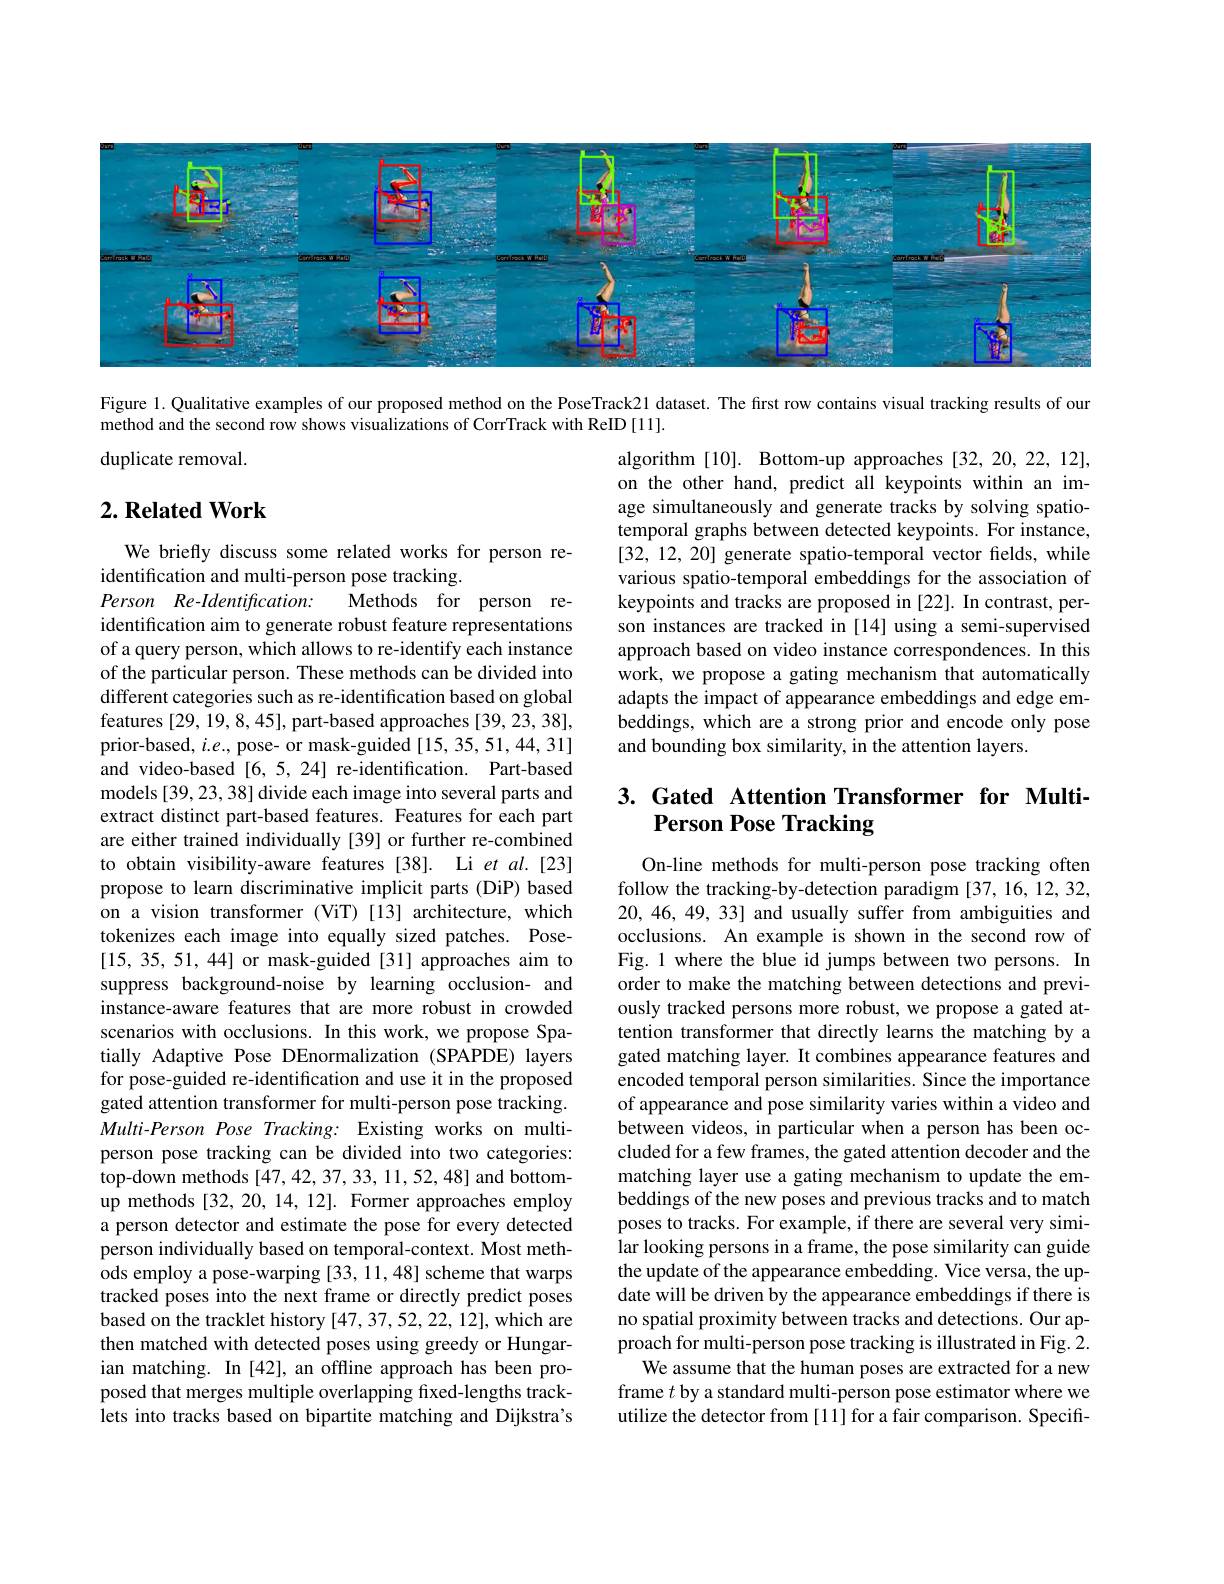
<FigureHere>

Figure 1. Qualitative examples of our proposed method on the PoseTrack21 dataset. The first row contains visual tracking results of our

method and the second row shows visualizations of CorrTrack with ReID [11].

duplicate removal.

## $2. \textbf{ Related Work}$

algorithm [10]. Bottom-up approaches [32,20,22,12], on the other hand, predict all keypoints within an image simultaneously and generate tracks by solving spatiotemporal graphs between detected keypoints. For instance, [32,12,20] generate spatio-temporal vector felds, while various spatio-temporal embeddings for the association of keypoints and tracks are proposed in [22]. In contrast, person instances are tracked in [14] using a semi-supervised approach based on video instance correspondences. In this work, we propose a gating mechanism that automatically adapts the impact of appearance embeddings and edge embeddings, which are a strong prior and encode only pose and bounding box similarity, in the attention layers.

## 3. Gated Attention Transformer for MultiPerson Pose Tracking

We briefly discuss some related works for person re-
identification and multi-person pose tracking.
Person Re-Identification:
Methods for person re-
identification aim to generate robust feature representations of a query person, which allows to re-identify each instance of the particular person. These methods can be divided into different categories such as re-identification based on global features [29, 19, 8, 45], part-based approaches [39, 23, 38], prior-based, $i.e.$, pose- or mask-guided [15, 35, 51, 44, 31] and video-based [6,5,24] re-identification. Part-based models [39, 23, 38] divide each image into several parts and extract distinct part-based features. Features for each part are either trained individually [39] or further re-combined to obtain visibility-aware features [38]. Li et al.[23] propose to learn discriminative implicit parts (DiP) based on a vision transformer (ViT)[13] architecture, which tokenizes each image into equally sized patches. Pose- [15,35,51,44] or mask-guided [31] approaches aim to suppress background-noise by learning occlusion- and instance-aware features that are more robust in crowded scenarios with occlusions. In this work, we propose Spatially Adaptive Pose DEnormalization (SPAPDE) layers for pose-guided re-identification and use it in the proposed gated attention transformer for multi-person pose tracking. Multi-Person Pose Tracking: Existing works on multiperson pose tracking can be divided into two categories: top-down methods [47,42,37,33,11,52,48] and bottomup methods [32,20,14,12]. Former approaches employ a person detector and estimate the pose for every detected person individually based on temporal-context. Most methods employ a pose-warping [33, 11,48] scheme that warps tracked poses into the next frame or directly predict poses based on the tracklet history [47,37,52,22,12], which are then matched with detected poses using greedy or Hungarian matching. In [42], an offline approach has been proposed that merges multiple overlapping fixed-lengths tracklets into tracks based on bipartite matching and Dijkstra's

On-line methods for multi-person pose tracking often follow the tracking-by-detection paradigm [37,16,12,32, 20, 46, 49, 33] and usually suffer from ambiguities and occlusions. An example is shown in the second row of Fig.1 where the blue id jumps between two persons. In order to make the matching between detections and previously tracked persons more robust, we propose a gated attention transformer that directly learns the matching by a gated matching layer. It combines appearance features and encoded temporal person similarities. Since the importance of appearance and pose similarity varies within a video and between videos, in particular when a person has been occluded for a few frames, the gated attention decoder and the matching layer use a gating mechanism to update the embeddings of the new poses and previous tracks and to match poses to tracks. For example, if there are several very simi- $\hat{\text{lar looking persons in a frame, the pose similarity can guide}}$ the update of the appearance embedding. Vice versa, the update will be driven by the appearance embeddings if there is no spatial proximity between tracks and detections. Our approach for multi-person pose tracking is illustrated in Fig. 2.
We assume that the human poses are extracted for a new frame $t$ by a standard multi-person pose estimator where we utilize the detector from [11] for a fair comparison. Specifi-